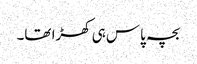
بچہ پاس ہی کھڑا تھا۔